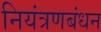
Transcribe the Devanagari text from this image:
नियंत्रणबंधन